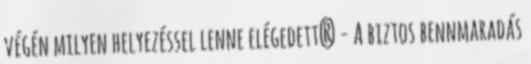
végén milyen helyezéssel lenne elégedett? - A biztos bennmaradás